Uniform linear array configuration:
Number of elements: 4
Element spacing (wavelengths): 0.5
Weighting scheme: cosine
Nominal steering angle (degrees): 45
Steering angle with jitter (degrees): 44.718
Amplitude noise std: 0.05
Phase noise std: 0.05

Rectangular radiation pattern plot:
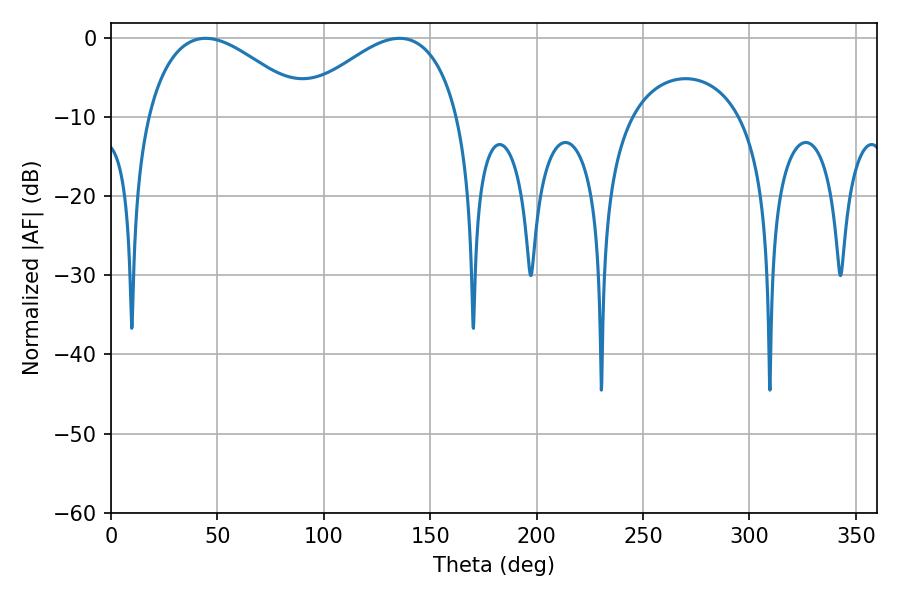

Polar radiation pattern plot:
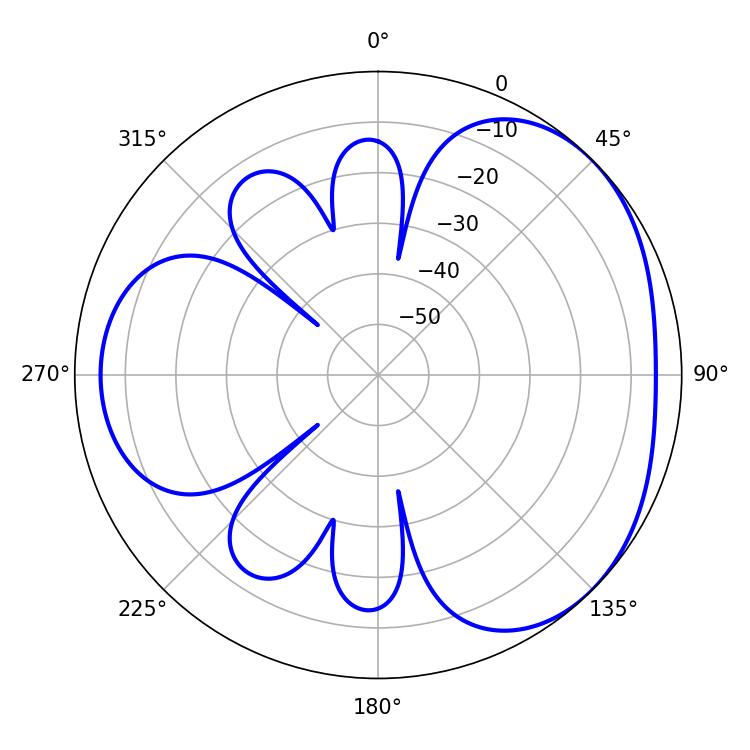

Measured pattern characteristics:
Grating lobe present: FALSE
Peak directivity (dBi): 3.36
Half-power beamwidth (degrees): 41.76
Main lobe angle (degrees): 44.46